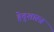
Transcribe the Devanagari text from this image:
हेतुशास्त्र